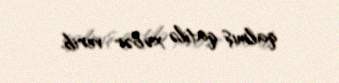
qalmış qatilə xəbər verib.